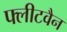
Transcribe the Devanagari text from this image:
फ्लीटवैन